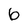
Character: 6